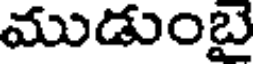
ముడుంబై